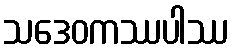
သဒေဝကဿပါဿ